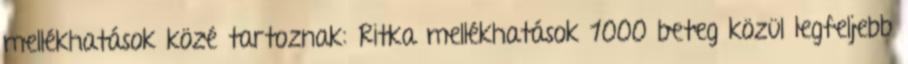
mellékhatások közé tartoznak: Ritka mellékhatások 1000 beteg közül legfeljebb